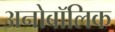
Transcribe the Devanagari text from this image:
अनोबॉलिक